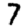
Digit: 7